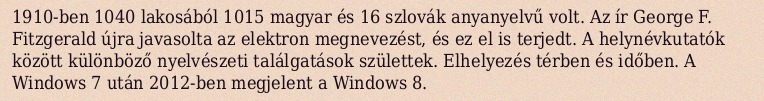
1910-ben 1040 lakosából 1015 magyar és 16 szlovák anyanyelvű volt. Az ír George F. Fitzgerald újra javasolta az elektron megnevezést, és ez el is terjedt. A helynévkutatók között különböző nyelvészeti találgatások születtek. Elhelyezés térben és időben. A Windows 7 után 2012-ben megjelent a Windows 8.